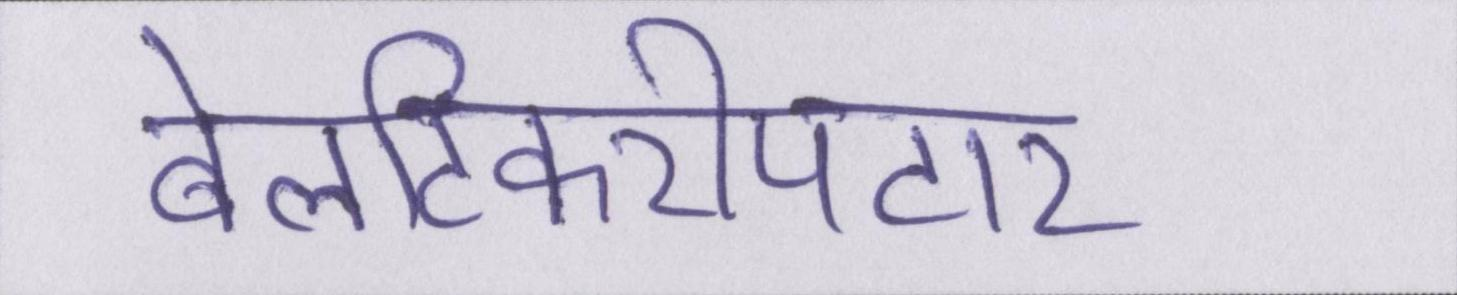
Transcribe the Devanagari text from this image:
बेलटिकरीपटार